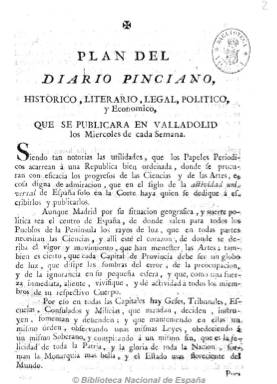
Título: Diario pinciano
Otros títulos: Diario pinciano, histórico, literario, legal, político y económico
Colección: Periódicos anteriores a 1850
Ámbito geográfico: Valladolid
Lugar de publicación: Valladolid
Fechas: 01/02/1787-12/04/1788

Primer periódico de Valladolid que, aunque se titula diario, tuvo una periodicidad semanal (salía los miércoles) y editó durante año y medio de existencia un total de 46 números. Se subtitula “histórico, literario, legal, político y económico”. Fundado y redactado con una gran calidad literaria por un todavía joven religioso y doctor en telología José Mariano Beristáin y Souza, un erudito, bibliógrafo y fiel testigo de su tiempo, patrocinador de la cultura ilustrada y promotor del desarrollo económico.

Publica los sucesos diarios y noticias particulares de la ciudad del Pisuerga y su provincia, así como noticias sociales, culturales y jurídicas de la Real Chancillería, de la universidad y demás sociedades y academias vallisoletanas. Destacan los artículos de historia local y de economía y los de crítica literaria y teatral, por la que su autor sufrió un proceso inquisitorial.

De entre 8 y 12 páginas y paginación continuada y estampado en la imprenta de la viuda e hijos de Santander, su reproducción facsímil fue publicada en 1933 por la Academia de Bellas Artes de Valladolid, y de nuevo en 1978, con un estudio preliminar de Celso Almuiña Fernández.